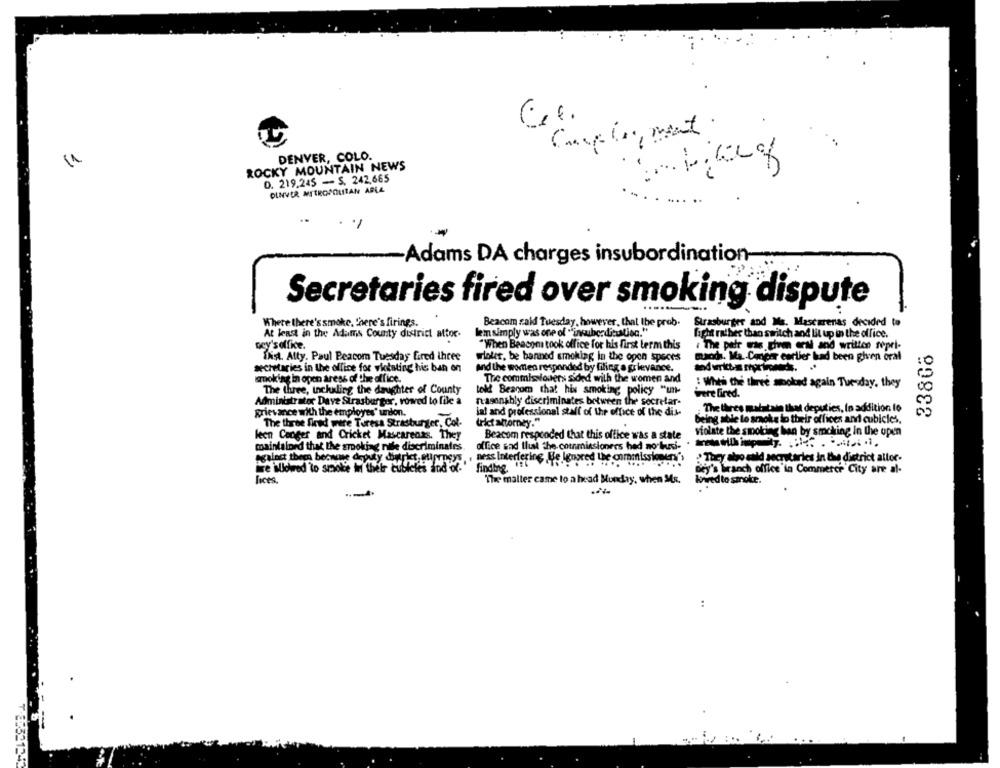
Camping, mont.
DENVER, COLO.
ROCKY MOUNTAIN NEWS
D. 219.245 - S. 242,665
DINVER METROPOLITAN ARLA
Adams DA charges insubordination -..
Secretaries fired over smoking dispute
Where there's smoke, "here's firings.
Beacom said Tuesday, however, that the prob.
Strasburger and Ms. Mascarenas decided to
At least in the Adams County district attor.
lem simply was one of "insubordituttien."
fight rather than switch and lit up in the office.
çey'soffice.
"When Beacom took office for his first term this
# The petr was them oral and written sepri-
33808
Thist. Atty. Paul Peacom Tuesday fred ihree
winter, be banned smoking in the open spaces
maods. Ma. Cancer earlier had been given oral
secretaries in the office for violating his ban on
and the women responded by filing a grievance.
smoking in open aress of the office.
The commissioners sided with the women and
: When the three smoked again Tuesday, they
The three, inckaling the daughter of County
told Bearom that his smoking policy "unt-
were fired.
Administrator Dave Strasburger, vowed to file a
reasonably discriminates between the secretar-
The thres malatain that deputies, In addition to
grievance with the employes" union.
ial and professional staff of the office of the dis-
The three fired were Teresa Strasburger, Col.
(rict attorney."
being able to smoke to their offices and cubicles.
leen Conger and Cricket Mascarenas. They
Beacom responded that this office was a state
violate the smoking han by smoking in the open
maintalord that the smoking nie discriminates.
office sad that the commissioners had no busi-
against them beowne deputy dintric
ness Interfering Be Ignored the commissioners's
:They also sald secretaries in the district attor-
iwe allowed to smoke In thelr cubicles and of-"
finding
Dey's branch office'in Commerce City are al-
fices,
The malter came to a head Hunday, when Ms.
bowed to smoke.
..
53134